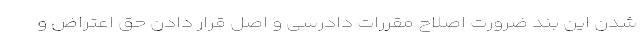
شدن این بند ضرورت اصلاح مقررات دادرسی و اصل قرار دادن حق اعتراض و